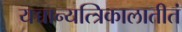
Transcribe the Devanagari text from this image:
यच्चान्यत्त्रिकालातीतं